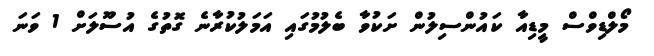
މޯލްޑިވްސް މީޑިއާ ކައުންސިލުން ށަކުވާ ބެލުމުގައި އަމަލުކުރާނެ ގޮތުގެ އުސޫލަށް 1 ވަނަ